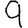
Digit: 9